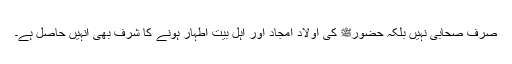
صرف صحابی نہیں بلکہ حضورﷺ کی اولاد امجاد اور اہل بیت اطہار ہونے کا شرف بھی انہیں حاصل ہے۔